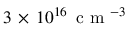
3 \, \times \, 1 0 ^ { 1 6 } \, \mathrm { ~ c ~ m ~ } ^ { - 3 }